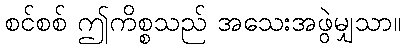
စင်စစ် ဤကိစ္စသည် အသေးအဖွဲမျှသာ။